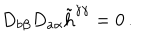
D _ { b \beta } D _ { a \alpha } \tilde { \mathrm { h } } ^ { \dot { \gamma } \gamma } = 0 \, .